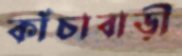
কাঁচাবাড়ী